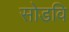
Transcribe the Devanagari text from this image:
सोडवि